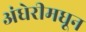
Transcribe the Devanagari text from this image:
अंधेरीमधून